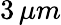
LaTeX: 3\, \mu m